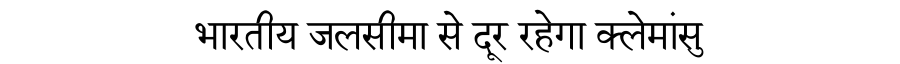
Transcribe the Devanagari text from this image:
भारतीय जलसीमा से दूर रहेगा क्लेमांसु